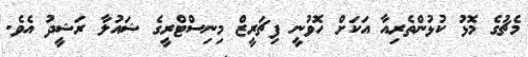
މެޗުގެ މޮޅު ކުޅުންތެރިއާ އަކަށް ހޮވުނީ ފިޗަރީޒް މިނިސްޓްރީގެ ޝައުލާ ރަޝީދު އެވެ.